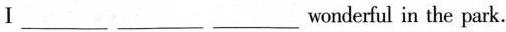
I ___ ___ wonderful in the park.